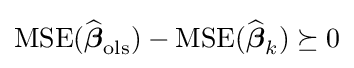
\operatorname {MSE} ({\widehat {\boldsymbol {\beta }}}_{\mathrm {ols} })-\operatorname {MSE} ({\widehat {\boldsymbol {\beta }}}_{k})\succeq 0